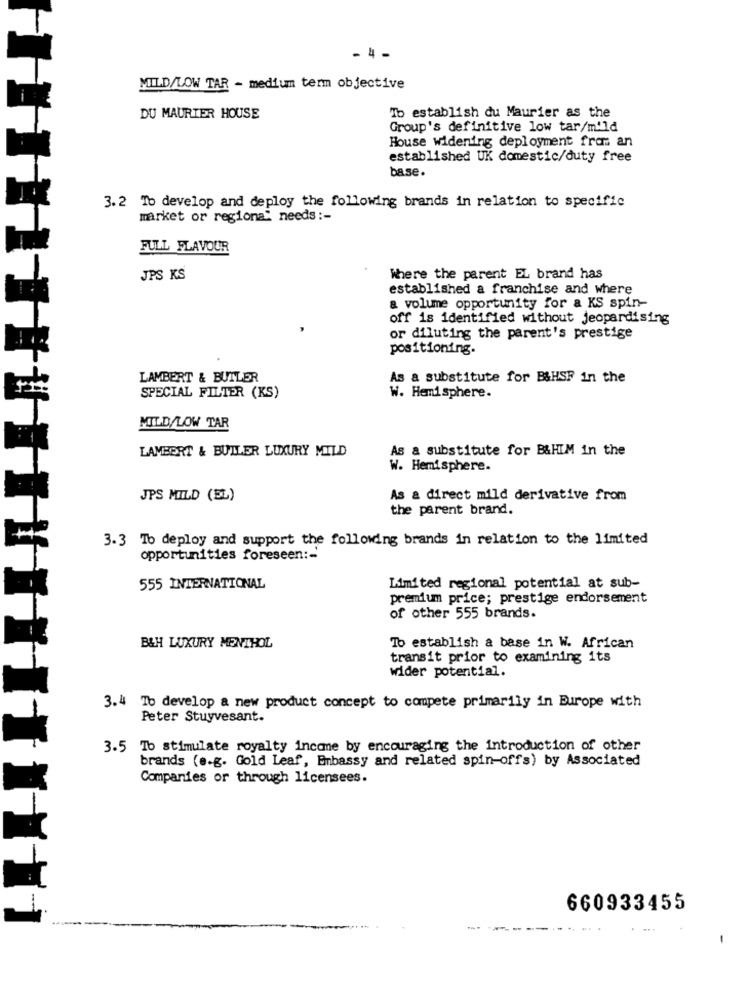
- 4 -
MILD/LOW TAR - medium term objective
DU MAURIER HOUSE
To establish du Maurier as the
Group's definitive low tar/mild
House widening deployment from an
established UK domestic/duty free
base.
3.2 To develop and deploy the following brands in relation to specific
market or regiona" needs :-
FULL FLAVOUR
JPS KS
Where the parent EL brand has
established a franchise and where
a volume opportunity for a KS spin-
off is identified without jeopardising
or diluting the parent's prestige
positioning.
LAMBERT & BUTLER
As a substitute for B&HSF In the
SPECIAL FILTER (KS)
W. Hemisphere.
MILD/LOW TAR
LAMBERT & BUTLER LUXURY MILD
As a substitute for B&HIM in the
W. Hemisphere.
JPS MILD (EL)
As a direct mild derivative from
the parent brand.
3.3 To deploy and support the following brands in relation to the limited
opportunities foreseen :-
555 INTERNATIONAL
Limited regional potential at sub-
premium price; prestige endorsement
of other 555 brands.
B&H LUXURY MENTHOL
To establish a base in W. African
transit prior to examining its
wider potential.
3.4 To develop a new product concept to compete primarily in Europe with
Peter Stuyvesant.
3.5 Tb stimulate royalty income by encouraging the introduction of other
brands (e.g. Gold Leaf, Embassy and related spin-offs) by Associated
Companies or through licensees.
660933455